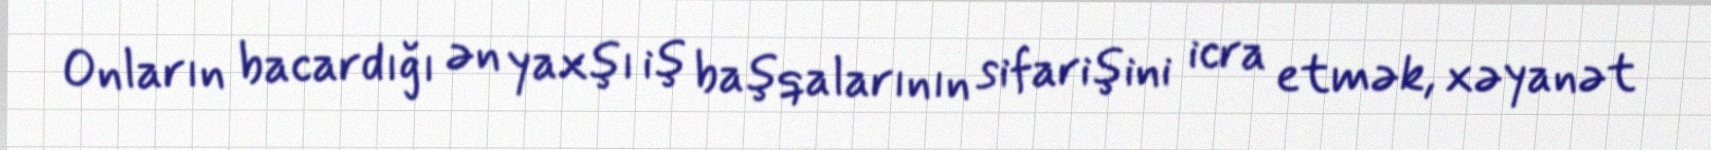
Onların bacardığı ən yaxşı iş başqalarının sifarişini icra etmək, xəyanət